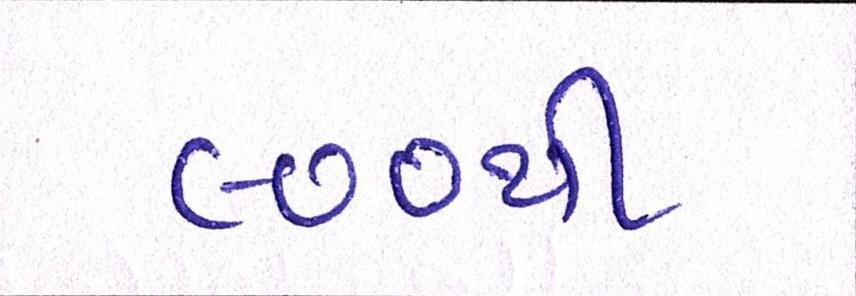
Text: ૯૦૦થી